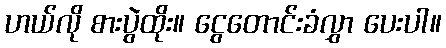
ဟယ်လို စားပွဲထိုး။ ငွေတောင်းခံလွှာ ပေးပါ။